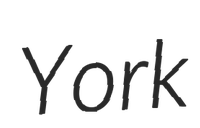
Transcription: York